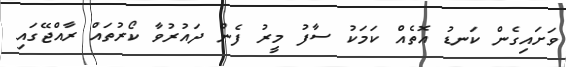
ވަށައިގެން ކަނޑު އޮތެއް ކަމަކު ސާފު މީރު ފެން ދައުރުވާ ކޯރުތައް ރާއްޖޭގައި